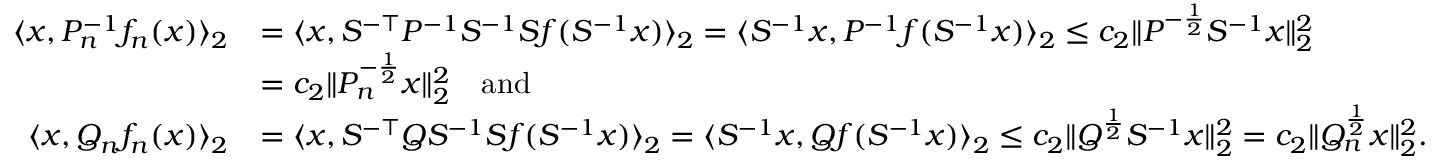
\begin{array} { r l } { \langle x , P _ { n } ^ { - 1 } f _ { n } ( x ) \rangle _ { 2 } } & { = \langle x , S ^ { - \top } P ^ { - 1 } S ^ { - 1 } S f ( S ^ { - 1 } x ) \rangle _ { 2 } = \langle S ^ { - 1 } x , P ^ { - 1 } f ( S ^ { - 1 } x ) \rangle _ { 2 } \leq c _ { 2 } \| P ^ { - \frac { 1 } { 2 } } S ^ { - 1 } x \| _ { 2 } ^ { 2 } } \\ & { = c _ { 2 } \| P _ { n } ^ { - \frac { 1 } { 2 } } x \| _ { 2 } ^ { 2 } \quad \mathrm { a n d } } \\ { \langle x , Q _ { n } f _ { n } ( x ) \rangle _ { 2 } } & { = \langle x , S ^ { - \top } Q S ^ { - 1 } S f ( S ^ { - 1 } x ) \rangle _ { 2 } = \langle S ^ { - 1 } x , Q f ( S ^ { - 1 } x ) \rangle _ { 2 } \leq c _ { 2 } \| Q ^ { \frac { 1 } { 2 } } S ^ { - 1 } x \| _ { 2 } ^ { 2 } = c _ { 2 } \| Q _ { n } ^ { \frac { 1 } { 2 } } x \| _ { 2 } ^ { 2 } . } \end{array}